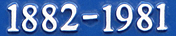
1882-1981